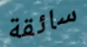
سائقة